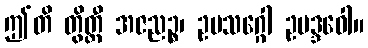
ဤတိ တွိတ္ထီ အဇညဉ္စ၊ ဥပသဂ္ဂေါ ဥပဒ္ဒဝေါ။